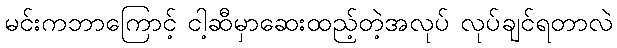
မင်းကဘာကြောင့် ငါ့ဆီမှာဆေးထည့်တဲ့အလုပ် လုပ်ချင်ရတာလဲ